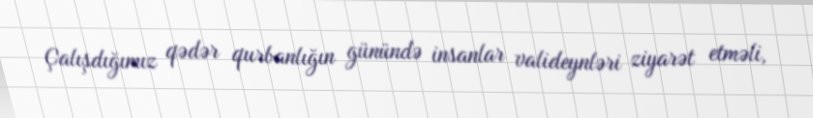
Çalışdığımız qədər qurbanlığın günündə insanlar valideynləri ziyarət etməli,